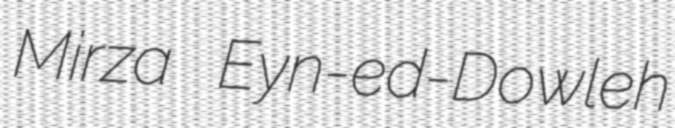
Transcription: Mirza Eyn-ed-Dowleh